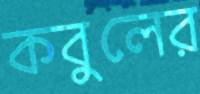
কবুলের